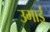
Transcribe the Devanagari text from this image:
उगाईं